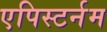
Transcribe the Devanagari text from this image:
एपिस्टर्नम